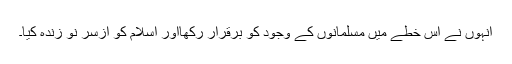
انہوں نے اس خطے میں مسلمانوں کے وجود کو برقرار رکھااور اسلام کو ازسر نو زندہ کیا۔